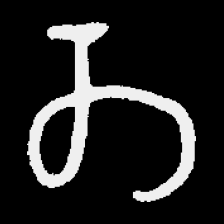
Pyu character \u2014 Myanmar letter: တ (romanized: ta)